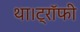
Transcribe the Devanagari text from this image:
था।ट्रॉफी